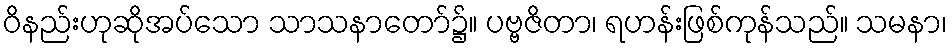
ဝိနည်းဟုဆိုအပ်သော သာသနာတော်၌။ ပဗ္ဗဇိတာ၊ ရဟန်းဖြစ်ကုန်သည်။ သမနာ၊